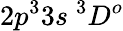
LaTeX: {2p^{3}3s~^{3}D^{o}}